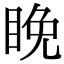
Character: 睌